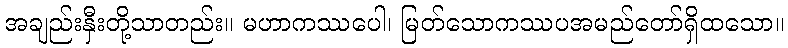
အချည်းနှီးတို့သာတည်း။ မဟာကဿပေါ၊ မြတ်သောကဿပအမည်တော်ရှိထသော။